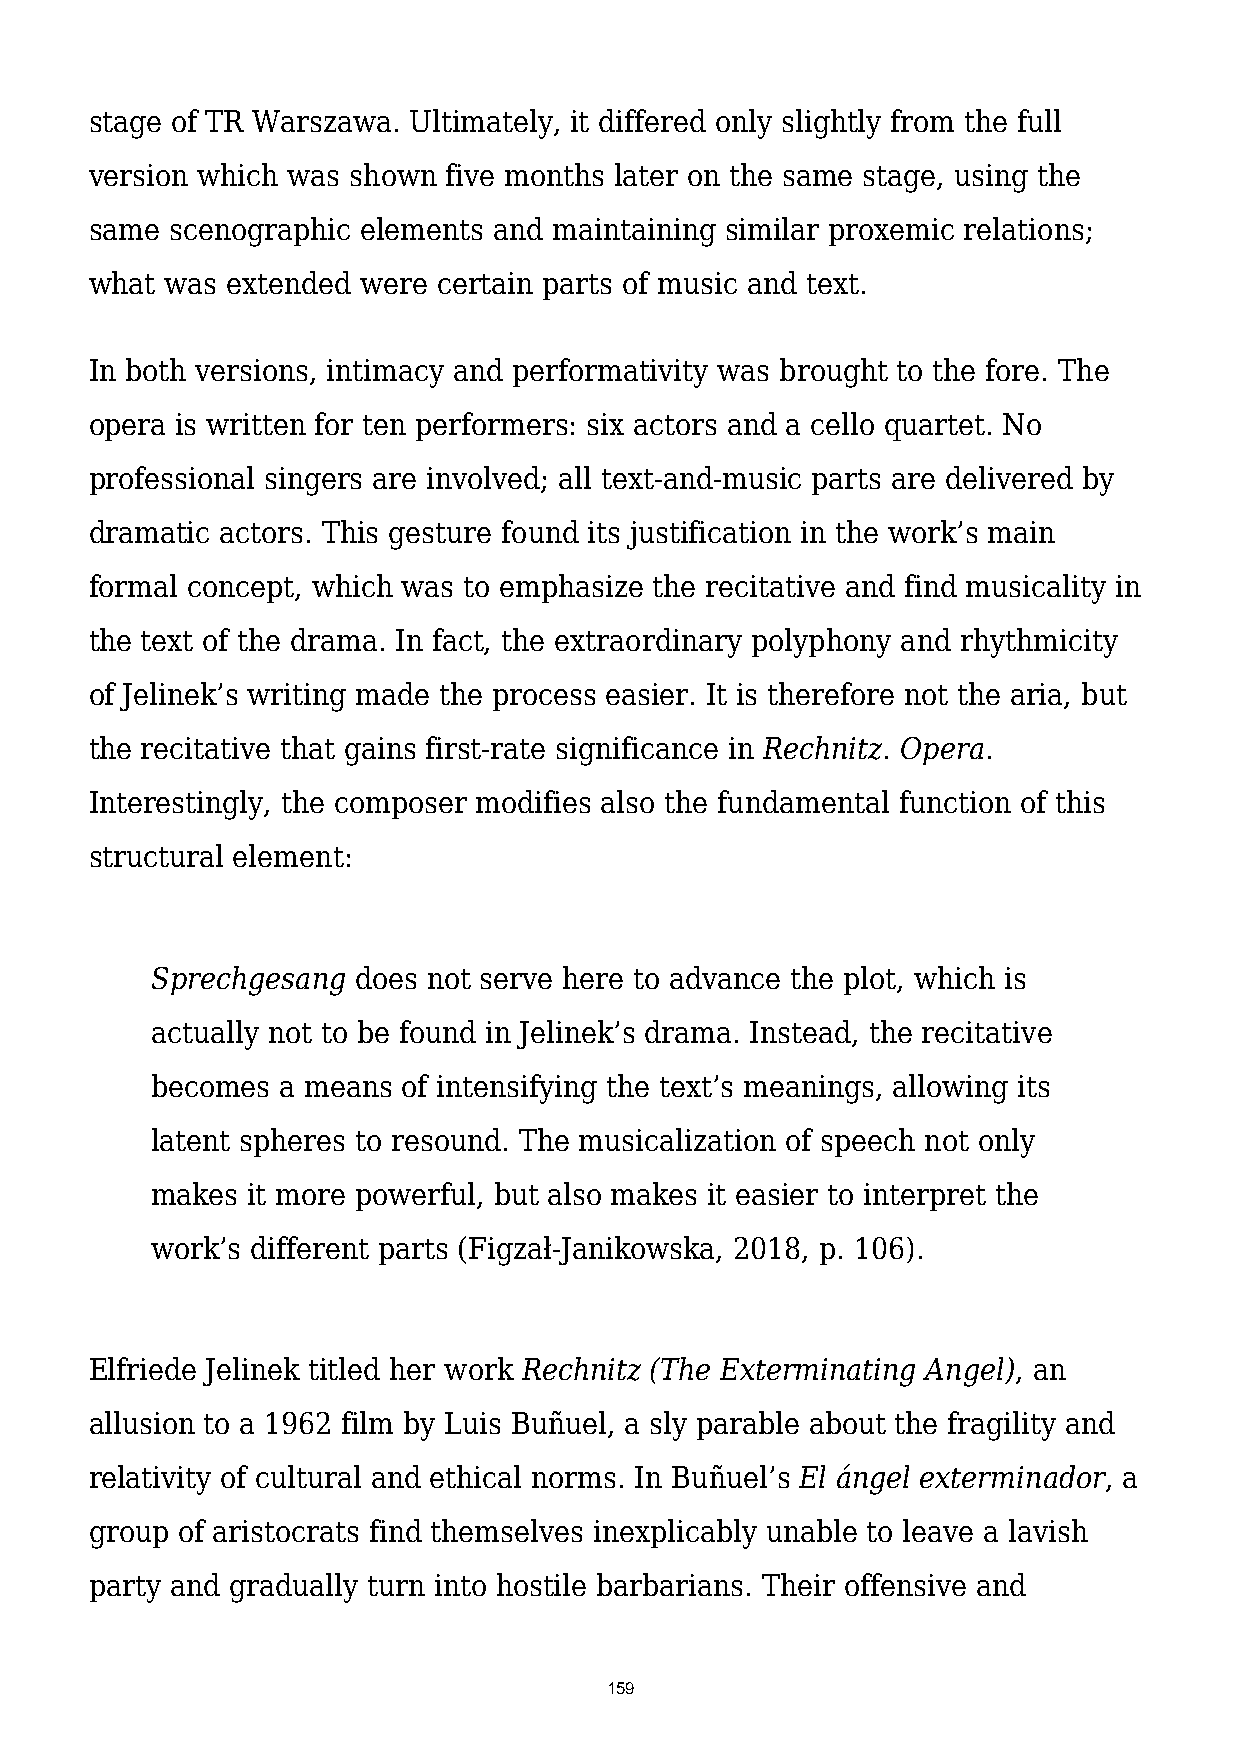
stage of TR Warszawa. Ultimately, it differed only slightly from the full
 version which was shown five months later on the same stage, using the
 same scenographic elements and maintaining similar proxemic relations;
 what was extended were certain parts of music and text.
 In both versions, intimacy and performativity was brought to the fore. The
 opera is written for ten performers: six actors and a cello quartet. No
 professional singers are involved; all text-and-music parts are delivered by
 dramatic actors. This gesture found its justification in the work’s main
 formal concept, which was to emphasize the recitative and find musicality in
 the text of the drama. In fact, the extraordinary polyphony and rhythmicity
 of Jelinek’s writing made the process easier. It is therefore not the aria, but
 the recitative that gains first-rate significance in Rechnitz. Opera.
 Interestingly, the composer modifies also the fundamental function of this
 structural element:
 Sprechgesang does not serve here to advance the plot, which is
 actually not to be found in Jelinek’s drama. Instead, the recitative
 becomes  a means of intensifying the text’s meanings, allowing its
 latent spheres to resound. The musicalization of speech not only
 makes it more powerful, but also makes it easier to interpret the
 work’s different parts (Figzał-Janikowska, 2018, p. 106).
 Elfriede Jelinek titled her work Rechnitz (The Exterminating Angel), an
 allusion to a 1962 film by Luis Buñuel, a sly parable about the fragility and
 relativity of cultural and ethical norms. In Buñuel’s El ángel exterminador, a
 group of aristocrats find themselves inexplicably unable to leave a lavish
 party and gradually turn into hostile barbarians. Their offensive and
 159